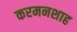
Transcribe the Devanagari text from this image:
करमनशाह